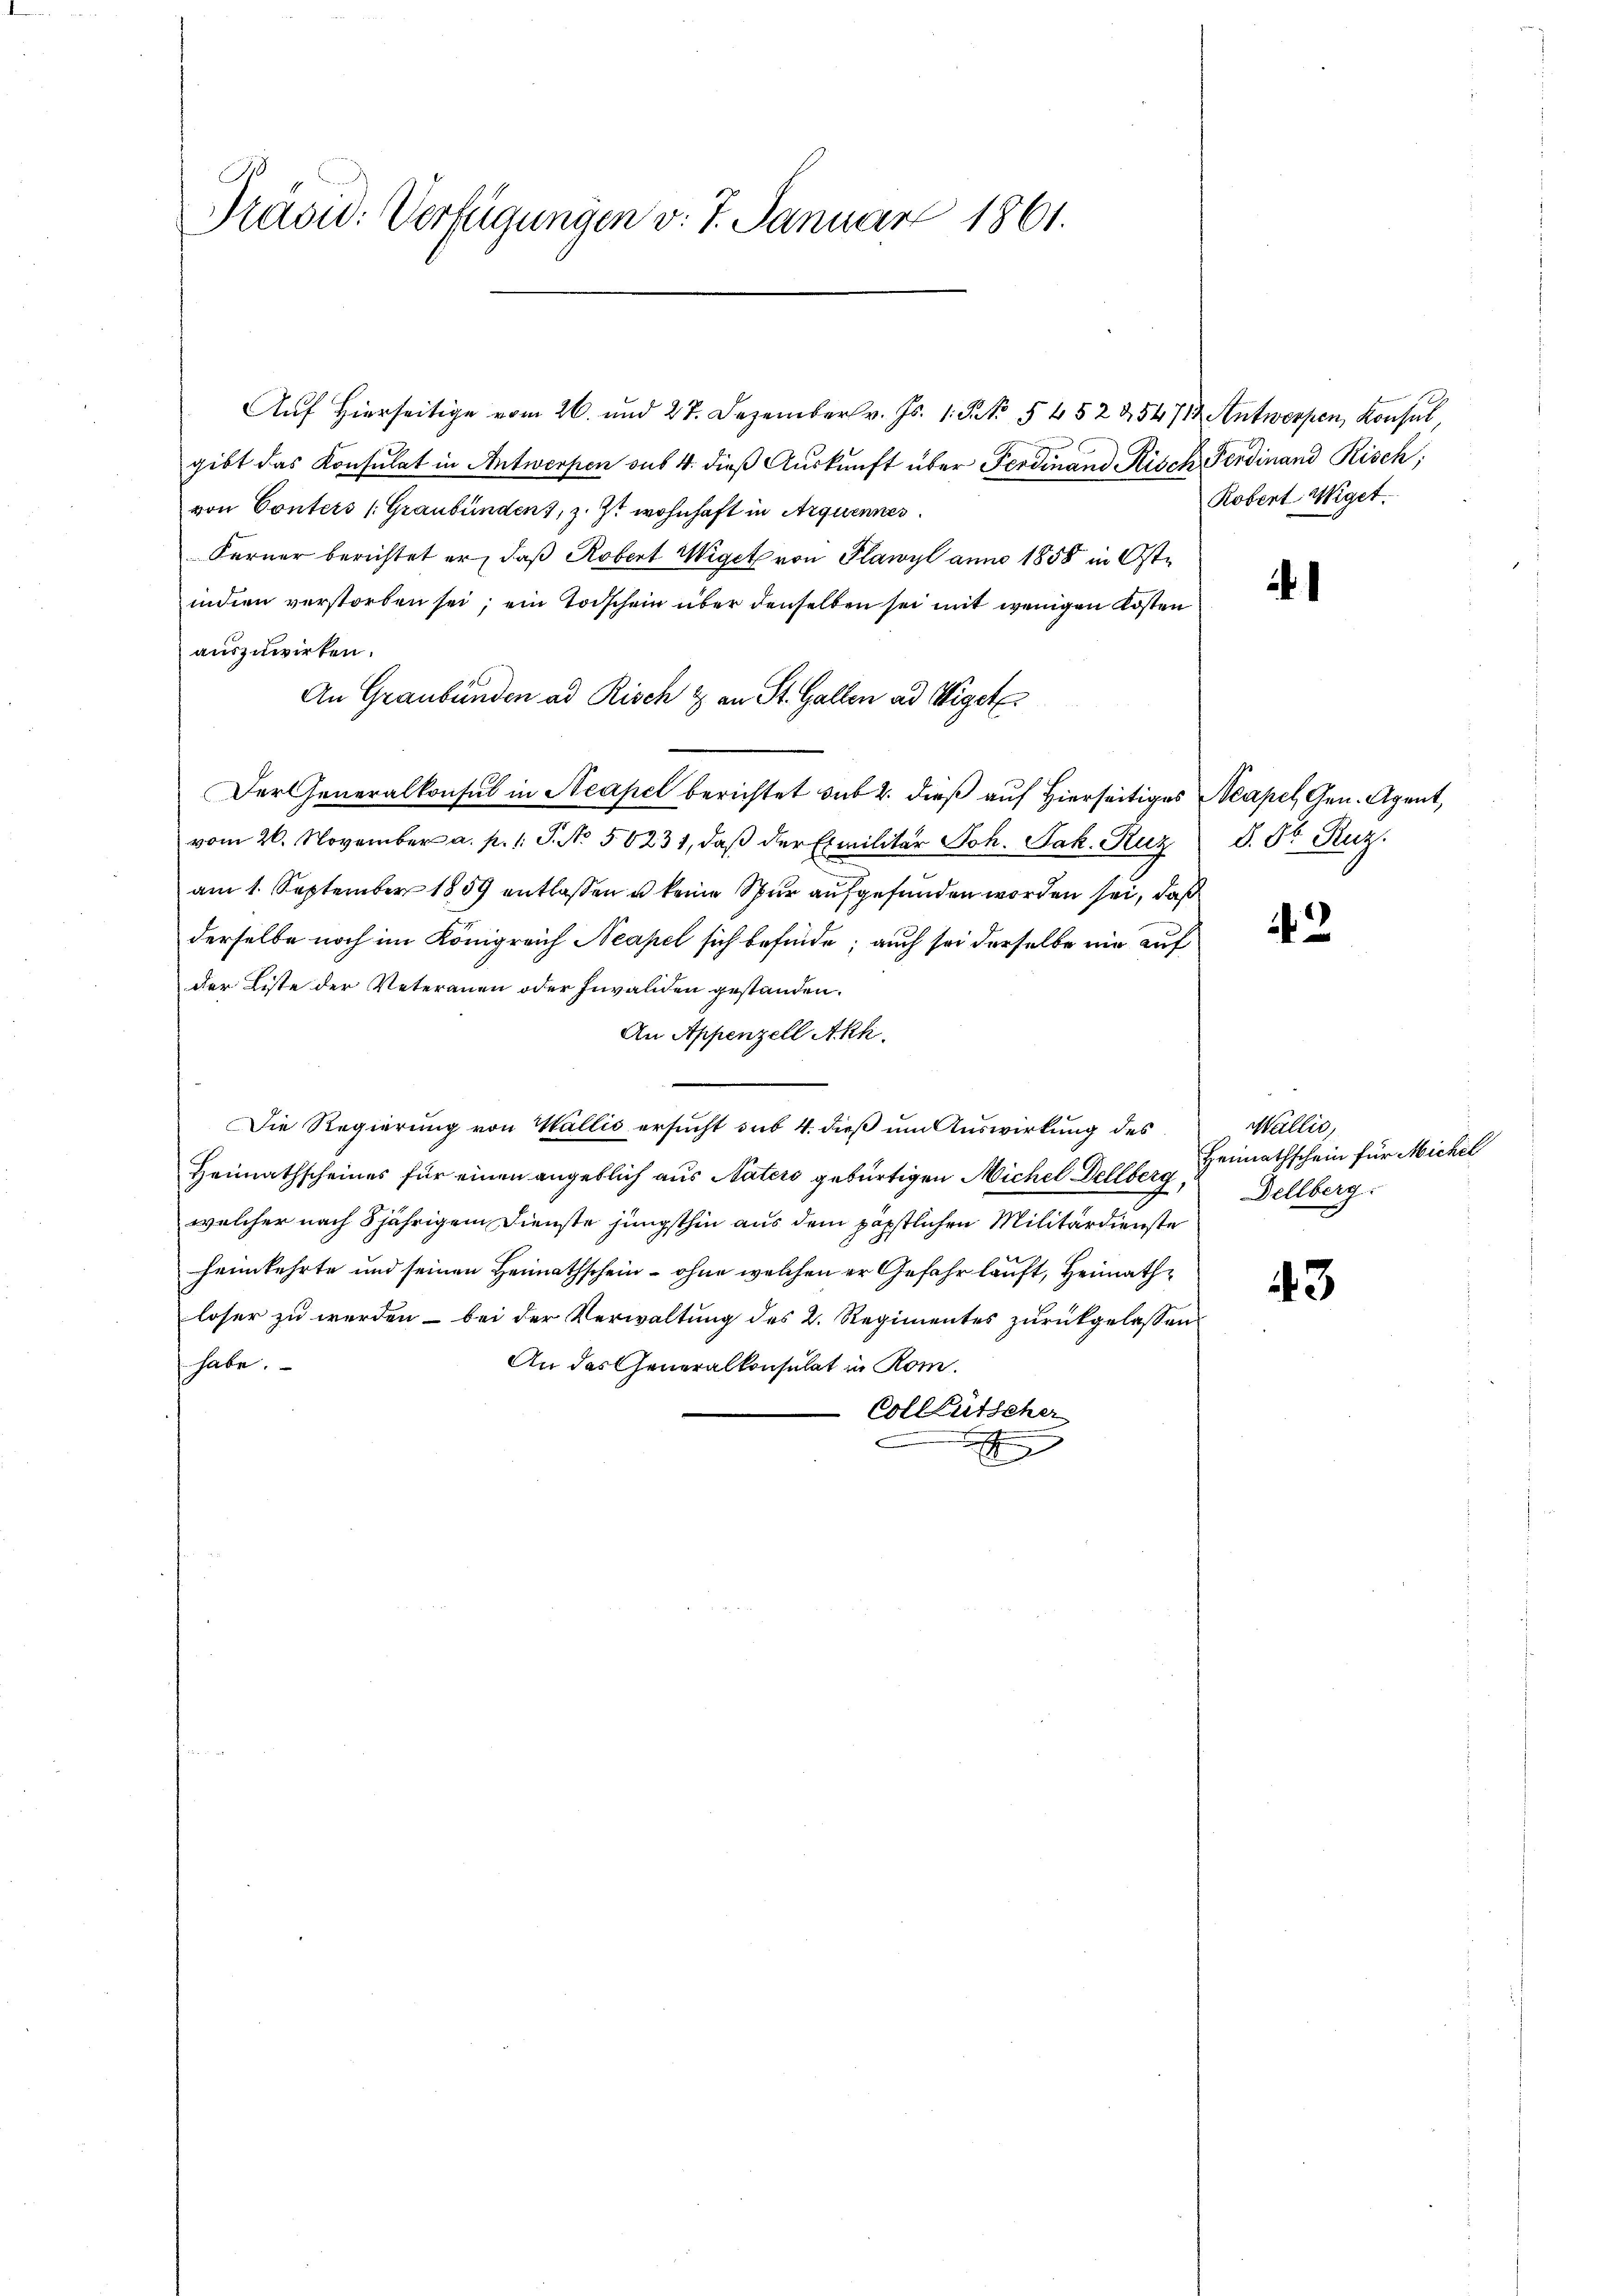
Präsid. Verfügungen v. 7. Januar 1861.

Auf Hierseitige vom 26. und 27. Dezember v. Js. 1. S. 5452254712 Antwerpen, Konsul,
gibt das Konsulat in Antworfen sus 4. dieß Auskunft über Ferdinand Risch Ferdinand Risch,
von Conters (Graubünden, z. Zt. wohnhaft in Arquennes
Ferner berichtet er, daß Robert Wiget von Plawyl anno 1858 in Oste
indien verstorben sei; ein Todschein über denselben sei mit wenigen Kosten
auszuwirken.
An Graubünden ad Risch & an St. Gallen ad Wiget
Der Generalkonsul in Neapel berichtet sub 2. dieß auf Hierseitiges Neapel, Gen. Agent,
vom 26. November a. p. 1. J. No 56231, daβ der Emilitär Joh. Jak. Ruz
am 1. September 1889 entlassen u keine Spur aufgefunden worden sei, daß
derselbe noch im Königreich Neapel sich befinde; auch sei derselbe nie auf
der Liste der Veteranen oder Invaliden gestanden.
An Appenzell Akh.
Die Regierung von Wallis ersucht sub 4. dieß um Auswirkung des
Heimathscheines für einen angeblich aus Naters gebürtigen Michel Dellberg,
welcher nach 8jährigem Dienste jüngsthin aus dem päpstlichen Militärdienste
heimkehrte und seinen Heimathschein – ohne welchen er Gefahr lauft, Heimathloser zu werden - bei der Verwaltung des 2. Regimentes zurückgelassen
habe.
An das Generalkonsulat in Rom.
Vollfütscher
e

Robert Wiget.

.

d. Dr. Ruz.

3

43

Wallis,
Heimathschein für Michel
Dellberg.